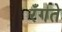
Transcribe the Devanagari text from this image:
रँगते